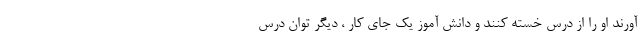
آورند او را از درس خسته کنند و دانش آموز یک جای کار ، دیگر توان درس